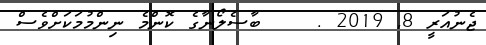
ޖެނުއަރީ 8